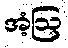
အံ့ဩ